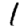
Digit: 1